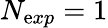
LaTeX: N_{\mathrm{e}xp}=1